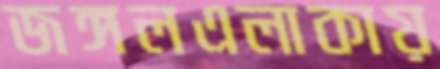
জঙ্গলএলাকায়